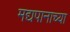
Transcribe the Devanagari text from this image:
मद्यपानाच्या